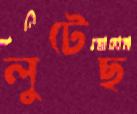
লুটেছ